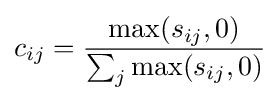
c_{ij}={\frac {\max(s_{ij},0)}{\sum _{j}\max(s_{ij},0)}}